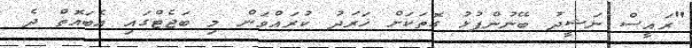
"ރައީސް ނަޝީދު ބޭނުންފުޅު ގޮތަކަށް ޚަރަދު ކުރައްވަން މި ބަޖެޓްގައި އެބައޮތް ދެ